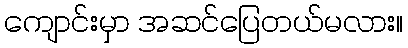
ကျောင်းမှာ အဆင်ပြေတယ်မလား။